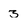
Character: 3